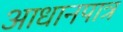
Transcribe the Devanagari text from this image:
आधानपात्र